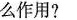
么作用？